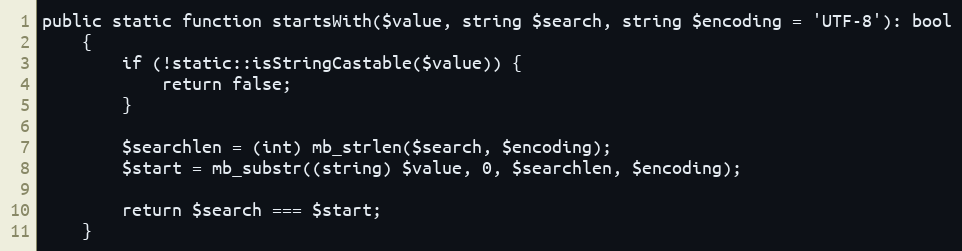
Language: PHP
public static function startsWith($value, string $search, string $encoding = 'UTF-8'): bool
    {
        if (!static::isStringCastable($value)) {
            return false;
        }

        $searchlen = (int) mb_strlen($search, $encoding);
        $start = mb_substr((string) $value, 0, $searchlen, $encoding);

        return $search === $start;
    }